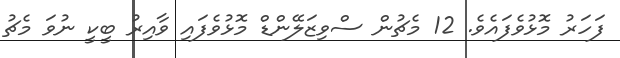
ފަހަރު މޮޅުވެފައެވެ. 12 މެޗުން ސްވިޒަލޭންޑް މޮޅުވެފައި ވާއިރު ބީކީ ނުވަ މެޗު